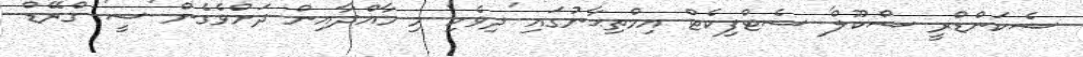
ސެކަންޑްރީ ސްކޫލް' ސެޓްފިކެޓް އިމްތިޙާނުގައި 'ދިވެހި' މި މާއްދާއިން ދަށްވެގެން 'ސީ' ގްރޭޑް